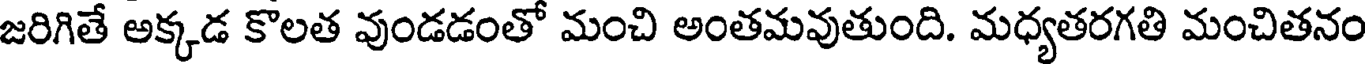
జరిగితే అక్కడ కొలత వుండడంతో మంచి అంతమవుతుంది. మధ్యతరగతి మంచితనం